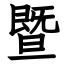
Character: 暨